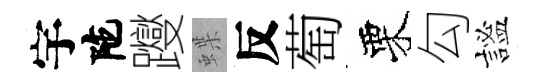
宇陀躞蝶反萄栗勾謐